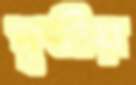
পৃষ্ঠীয়